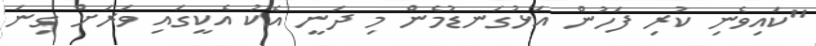
"ކައިވެނި ކުރި ފަހުން އަޅުގަނޑުމެން މި ދަނީ އެކު އެކީގައި ވަރަށް ގިނަ